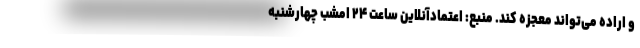
و اراده می‌تواند معجزه کند. منبع: اعتمادآنلاین ساعت ۲۴ امشب چهارشنبه